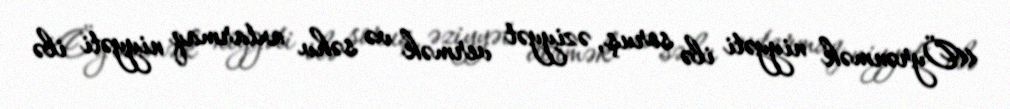
«Öyrənmək niyyəti ilə soruş, əziyyət vermək və səhv axtarmaq niyyəti ilə